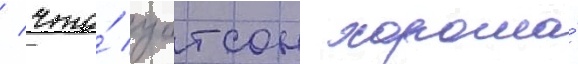
/ что́ уотсон хороша́